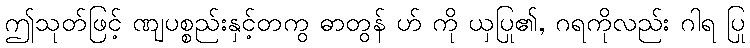
ဤသုတ်ဖြင့် ဏျပစ္စည်းနှင့်တကွ ဓာတွန် ဟ် ကို ယှပြု၏, ဂရကိုလည်း ဂါရ ပြု